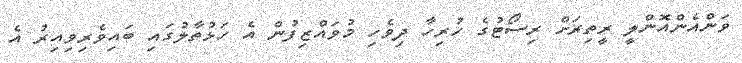
ވަންއެންއޮންލީ ރީތިރަށް ރިސޯޓުގެ ހުރިހާ ދިވެހި މުވައްޒިފުން އެ ހަޅުތާލުގައި ބައިވެރިވިއިރު އެ